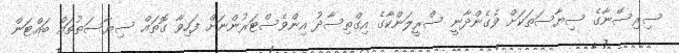
ސިރިސޭނާގެ ސިޔާސަތަކަށް ވެގެންދާނީ ސްރީލަންކާގެ އިގްތިސާދު އިންވެސްޓަރުންނަށް ފަހިވާ ގޮތައް ސިޔާސަތުތައް ބައްޓަން